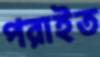
পরাইত